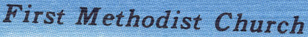
First Methodist Church